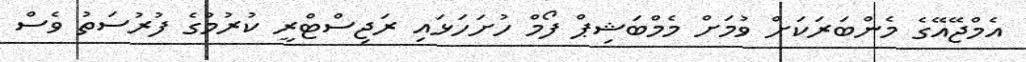
އެމްޖޭއޭގެ މެންބަރަކަށް ވުމަށް މެމްބަޝިޕް ފޯމް ހުށަހަޅައި ރަޖިސްޓްރީ ކުރުމުގެ ފުރުސަތު ވެސް